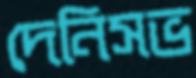
দেনিসভ